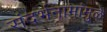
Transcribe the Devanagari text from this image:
संदर्भनामांमुळे